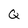
Character: Q